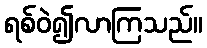
ရစ်ဝဲ၍လာကြသည်။